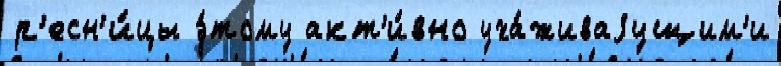
р'есн'и́цы э́тому акт'и́вно уха́живаjущим'и